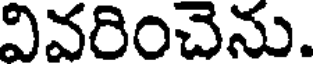
వివరించెను.